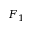
F _ { 1 }